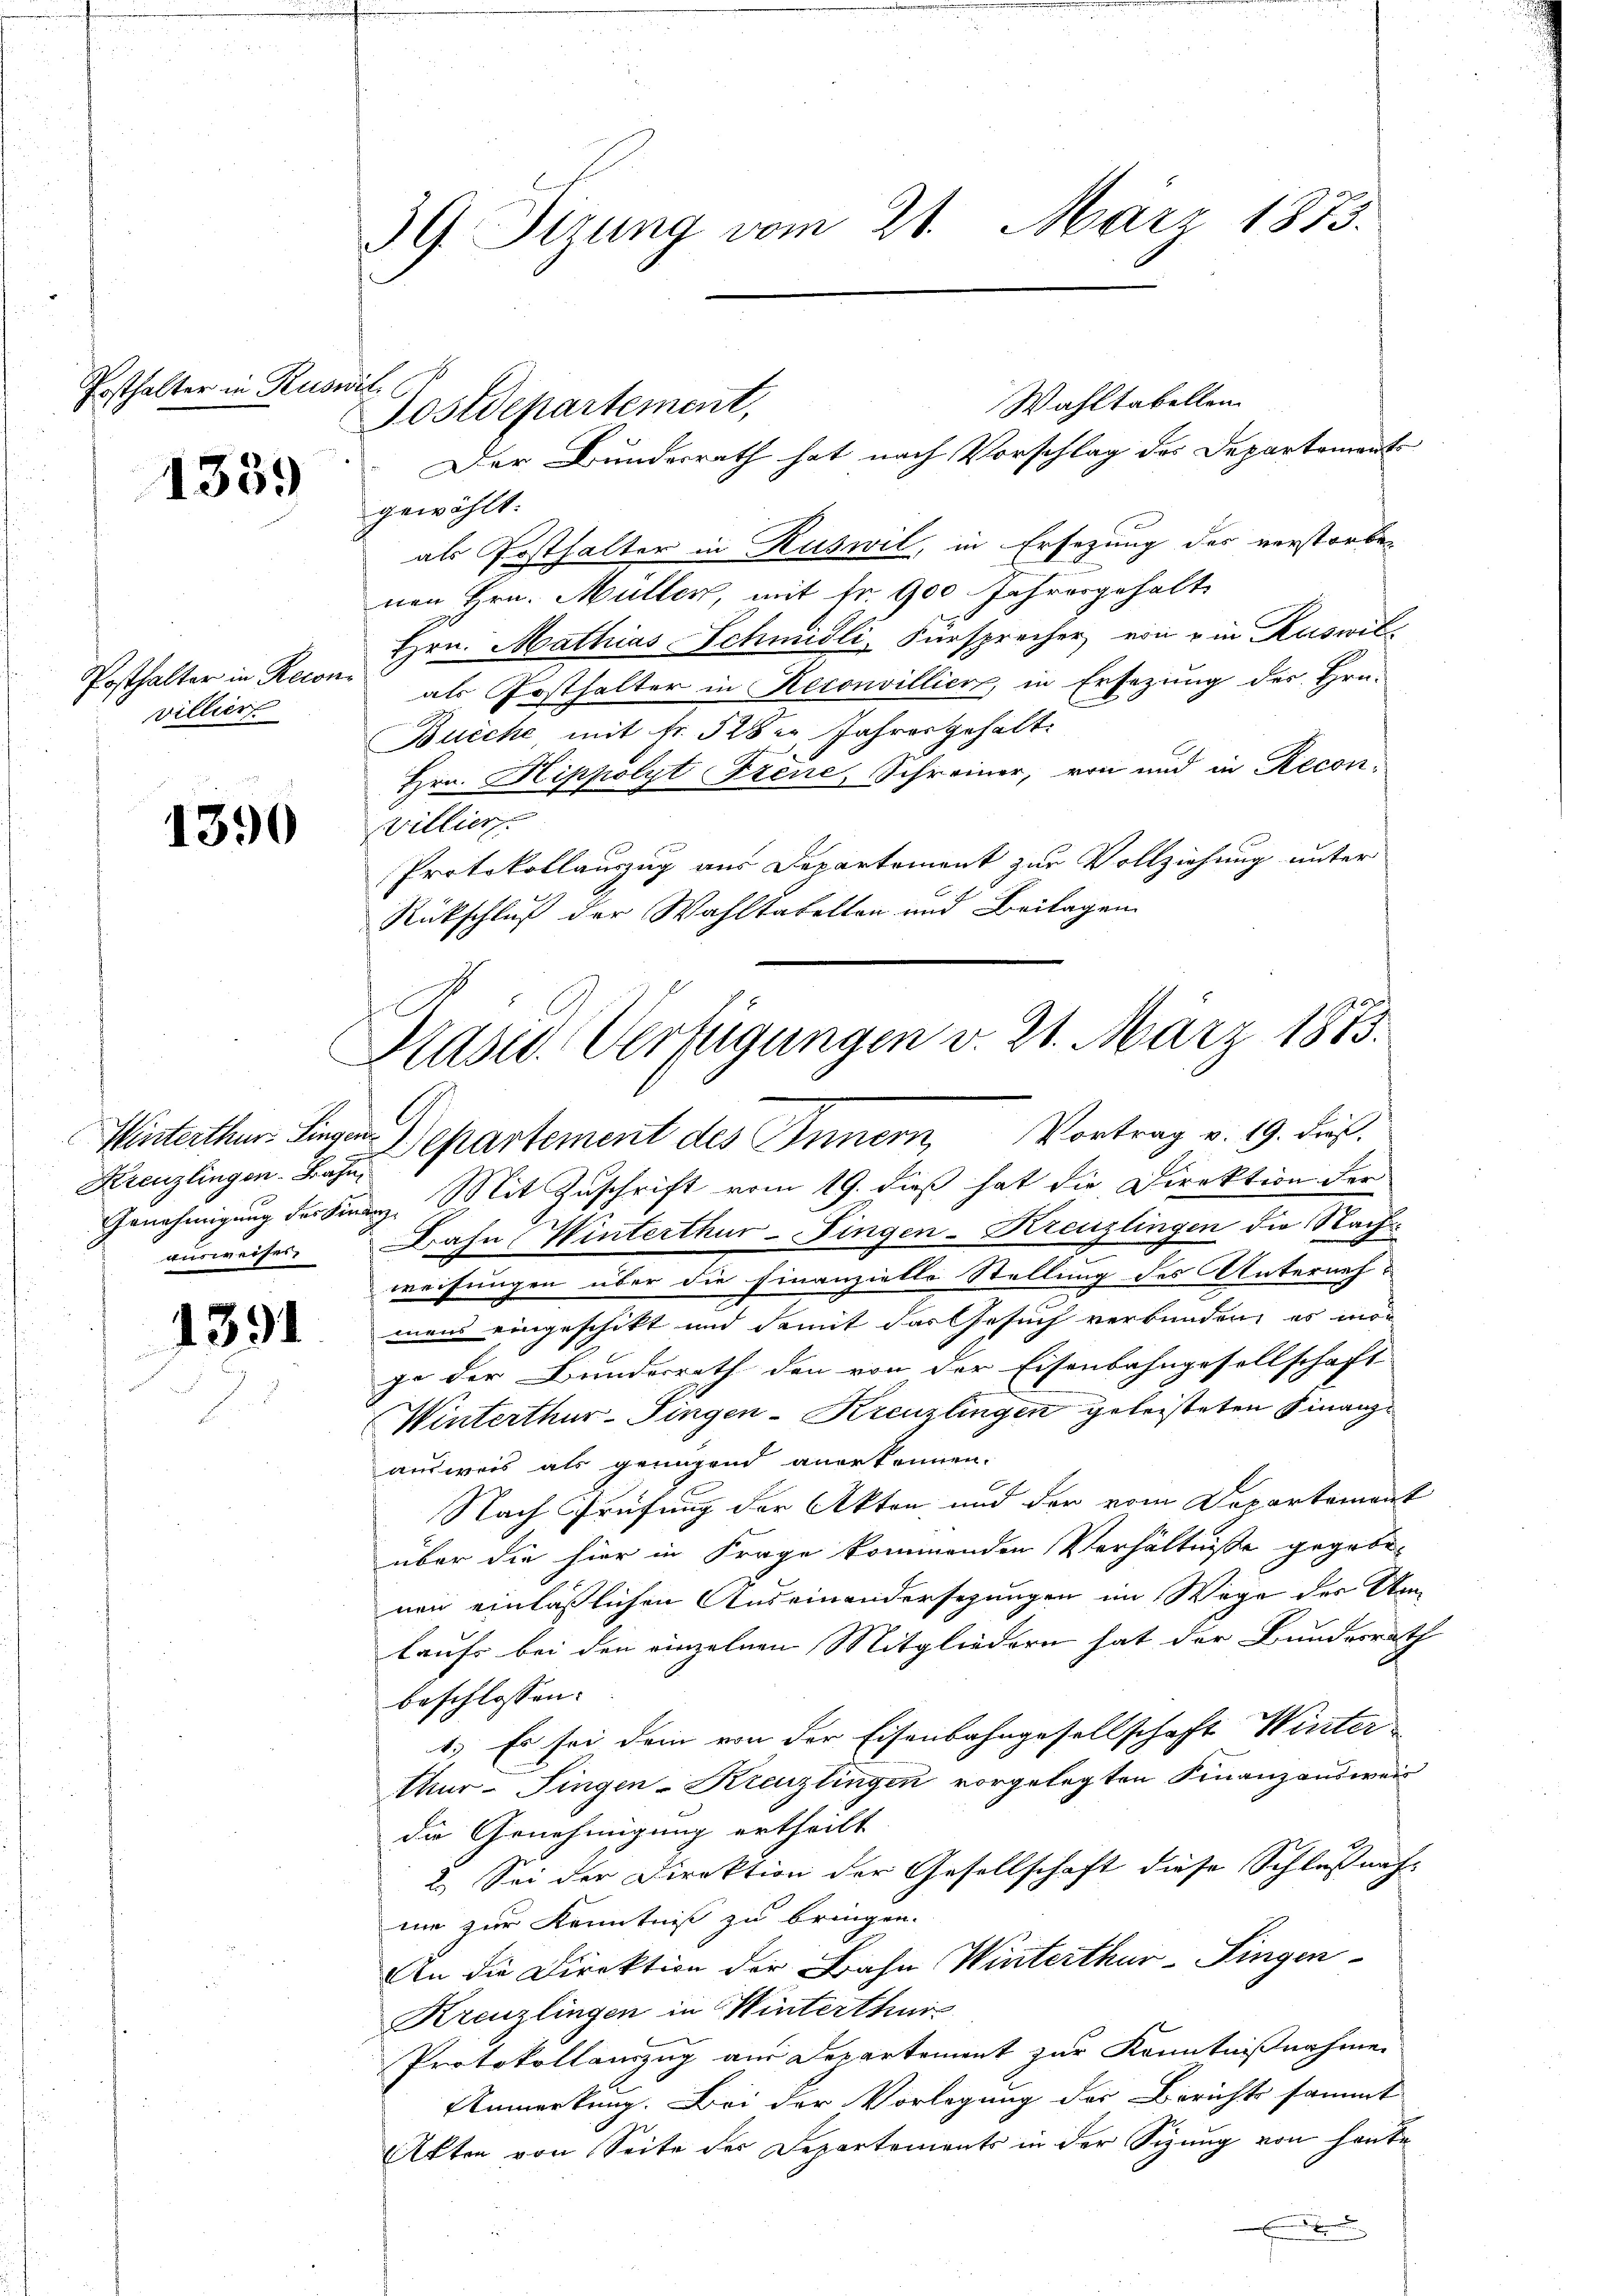
Posthalter in Ruswit

1339

Posthalter in Recon
villiers

1390

Kreuzlingen. Bahn
ausweisen

1391

39. Sizung vom 21. März 1873.

Postdepartement,

Wahltabellen
Der Bundesrath hat nach Vorschlag des Departements
gewählt.
als Posthalter in Ruswil, in Ersezung des verstorben
nen Hrn. Müller, mit fr. 900 Jahresgehalt
Hrn. Mathias Schmidli, Fürsprecher von in Ruswilals Posthalter in Reconvillier, in Ersezung des Hrn.
Bucche, mit Fr. 528 er, Jahres gehalt
Hrn. Hippolyt Frene, Schreiner, von und in Recon¬
Villiert.
Protokollauszug aus Departement zur Vollziehung unter
Rückschluß der Wahltabelten und Beilagen

Präses Verfügungen v. 21. März 1883.
Winterthur Singen Departement des Innern, Vortrag v. 19. dies

Genehmigung der Finanz. Mit Zuschrift vom 19. dieß hat die Direktion der
Bahn, Winterthur-Fingen-Kreuzlingen die Nachweisungen über die Finanzielle Stellung des Unterneh-
mens eingeschikt und damit das Gesuch verbunden, es mor
ge der Bundesrath den von der Eisenbahngesellschaft
Winterthur–Singen-Kreuzlingen geleisteten Finanzausweis als genügend anerkennen.
Nach Prüfung der Akten und der vom Departement
über die hier in Frage kommenden Verhältnisse gegeben
nen einläßlichen Auseinandersezungen im Wege der Um-
laufs bei den einzelnen Mitgliedern hat der Bundesrath
beschlossen:
1.) Es sei dem von der Eisenbahngesellschaft Winter-
thur–Singen-Kreuzlingen vorgelegten Finanzausweis
die Genehmigung ertheilt
2.) Sei der Direktion der Gesellschaft diese Schlußnah-
me zur Kenntniß zu bringen.
An die Direktion der Bahn Winterthur-Fingen
Kreuzlingen in Winterthur
Protokollauszug aus Departement zur Kenntnißnahme
Anmerkung. Bei der Vorlegung der Berichts sammt
Akten von Seite des Departements in der Sitzung von heute